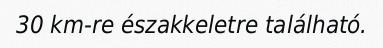
30 km-re északkeletre található.